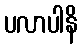
ပလာပါနိ